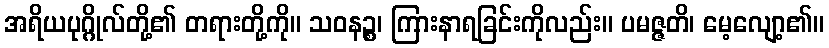
အရိယပုဂ္ဂိုလ်တို့၏ တရားတို့ကို။ သဝနဉ္စ၊ ကြားနာရခြင်းကိုလည်း။ ပမဇ္ဇတိ၊ မေ့လျော့၏။